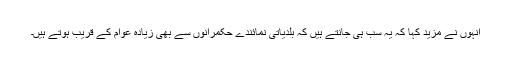
انہوں نے مزید کہا کہ یہ سب ہی جانتے ہیں کہ بلدیاتی نمائندے حکمرانوں سے بھی زیادہ عوام کے قریب ہوتے ہیں۔